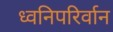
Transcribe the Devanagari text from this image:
ध्वनिपरिर्वान